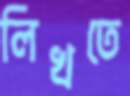
লিখতে